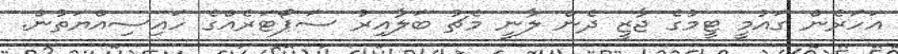
އަހަރެން ގައުމީ ޓީމުގެ ޖާޒީ ދެން ލާނީ މެޗު ބަލާއިރު ސަޕޯޓަރެއްގެ ހައިސިއްޔަތުން.